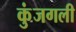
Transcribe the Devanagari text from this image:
कुंजगली